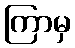
ကြာမှ